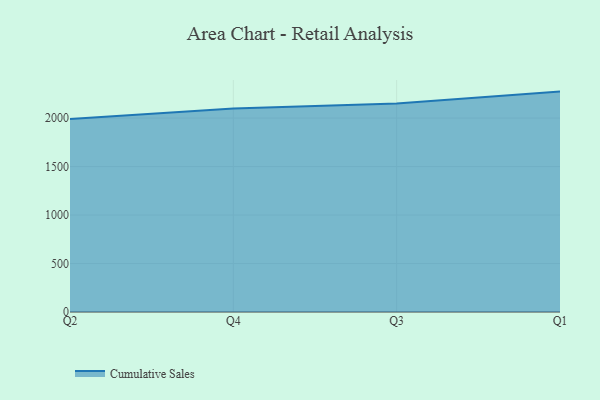
{"axis": {"x": "Quarter", "y": "Population (Million)"}, "legend": ["Cumulative Sales"], "data": [{"x": "Q2", "y": 1991.2, "type": "Cumulative Sales"}, {"x": "Q4", "y": 2098.4, "type": "Cumulative Sales"}, {"x": "Q3", "y": 2150.4, "type": "Cumulative Sales"}, {"x": "Q1", "y": 2273.1, "type": "Cumulative Sales"}]}